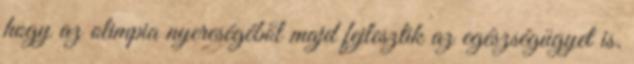
hogy az olimpia nyereségéből majd fejlesztik az egészségügyet is.